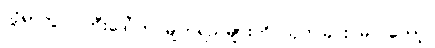
သို့ရာတွင် ကြီးဒေါ်က မျက်ရည်များကို သုတ်ခြင်း မပြုတော့။